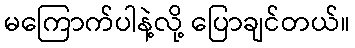
မကြောက်ပါနဲ့လို့ ပြောချင်တယ်။